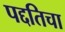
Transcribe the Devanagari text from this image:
पद्दतिचा